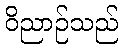
ဝိညာဉ်သည်